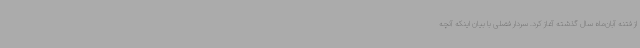
از فتنه آبان‌ماه سال گذشته آغاز کرد. سردار فضلی با بیان اینکه آنچه